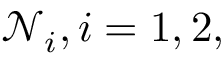
\mathcal { N } _ { i } , i = 1 , 2 ,